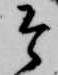
そ